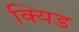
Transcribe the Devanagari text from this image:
क्यिड